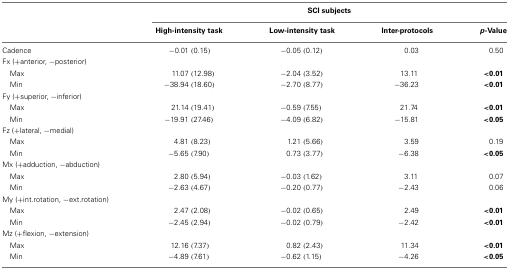
<table><thead><tr><td></td><td colspan="4"><b>SCI subjects</b></td></tr><tr><td></td><td><b>High-intensity task</b></td><td><b>Low-intensity task</b></td><td><b>Inter-protocols</b></td><td><b><i>p</i>-Value</b></td></tr></thead><tbody><tr><td>Cadence</td><td>−0.01 (0.15)</td><td>−0.05 (0.12)</td><td>0.03</td><td>0.50</td></tr><tr><td>Fx (+anterior, −posterior)</td></tr><tr><td> Max</td><td>11.07 (12.98)</td><td>−2.04 (3.52)</td><td>13.11</td><td><b>&lt;0.01</b></td></tr><tr><td> Min</td><td>−38.94 (18.60)</td><td>−2.70 (8.77)</td><td>−36.23</td><td><b>&lt;0.01</b></td></tr><tr><td>Fy (+superior, −inferior)</td></tr><tr><td> Max</td><td>21.14 (19.41)</td><td>−0.59 (7.55)</td><td>21.74</td><td><b>&lt;0.01</b></td></tr><tr><td> Min</td><td>−19.91 (27.46)</td><td>−4.09 (6.82)</td><td>−15.81</td><td><b>&lt;0.05</b></td></tr><tr><td>Fz (+lateral, −medial)</td></tr><tr><td> Max</td><td>4.81 (8.23)</td><td>1.21 (5.66)</td><td>3.59</td><td>0.19</td></tr><tr><td> Min</td><td>−5.65 (7.90)</td><td>0.73 (3.77)</td><td>−6.38</td><td><b>&lt;0.05</b></td></tr><tr><td>Mx (+adduction, −abduction)</td></tr><tr><td> Max</td><td>2.80 (5.94)</td><td>−0.03 (1.62)</td><td>3.11</td><td>0.07</td></tr><tr><td> Min</td><td>−2.63 (4.67)</td><td>−0.20 (0.77)</td><td>−2.43</td><td>0.06</td></tr><tr><td>My (+int.rotation, −ext.rotation)</td></tr><tr><td> Max</td><td>2.47 (2.08)</td><td>−0.02 (0.65)</td><td>2.49</td><td><b>&lt;0.01</b></td></tr><tr><td> Min</td><td>−2.45 (2.94)</td><td>−0.02 (0.79)</td><td>−2.42</td><td><b>&lt;0.01</b></td></tr><tr><td>Mz (+flexion, −extension)</td></tr><tr><td> Max</td><td>12.16 (7.37)</td><td>0.82 (2.43)</td><td>11.34</td><td><b>&lt;0.01</b></td></tr><tr><td> Min</td><td>−4.89 (7.61)</td><td>−0.62 (1.15)</td><td>−4.26</td><td><b>&lt;0.05</b></td></tr></tbody></table>